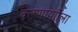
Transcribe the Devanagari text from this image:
करणार्याीला